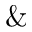
\&